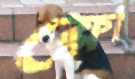
ফ্লো